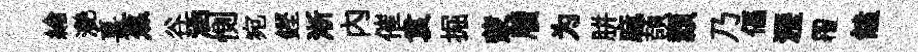
綸灧喜蕉谷涵惻宛鏗淅内催袁掘蒙牘为胼麻頡纇乃偪瀝覆饁